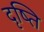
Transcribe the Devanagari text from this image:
दृष्ति